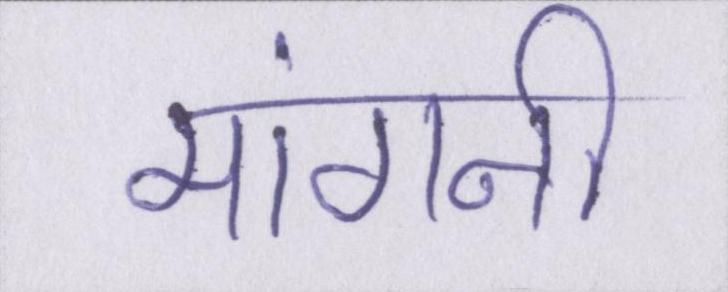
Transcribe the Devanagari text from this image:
मांगनी